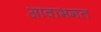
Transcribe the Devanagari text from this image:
आवाभगत